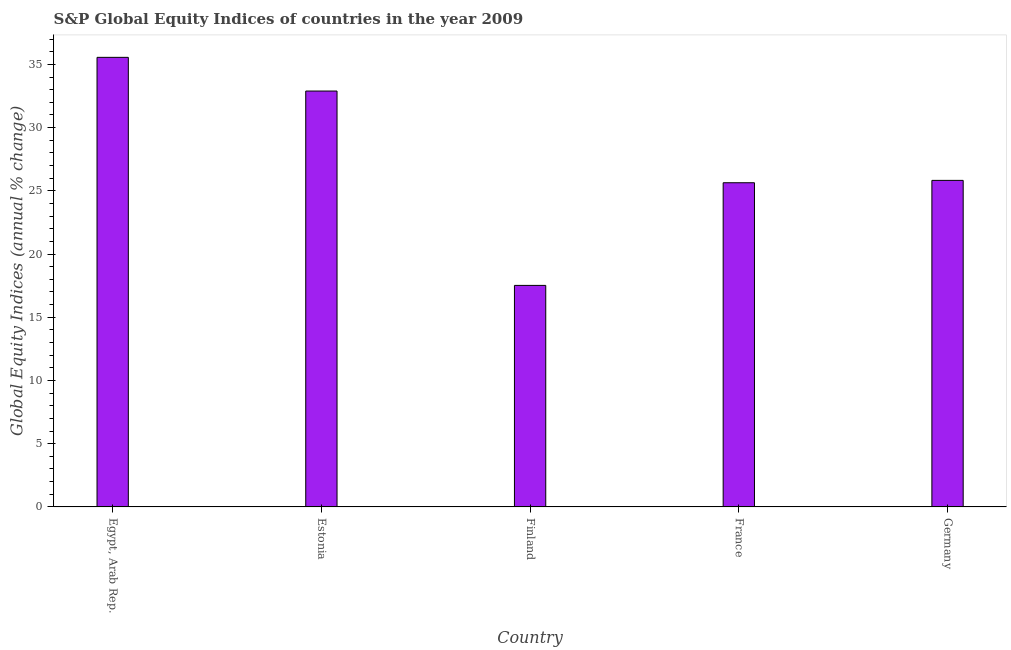
| Country | S&P Global Equity Indices |
 | --- | --- |
 | Egypt, Arab Rep. | 35.6 |
 | Estonia | 32.9 |
 | Finland | 17.5 |
 | France | 25.6 |
 | Germany | 25.8 |